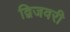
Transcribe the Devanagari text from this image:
द्विजवरी